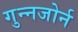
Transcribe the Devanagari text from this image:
गुन्नजोर्न